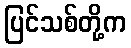
ပြင်သစ်တို့က